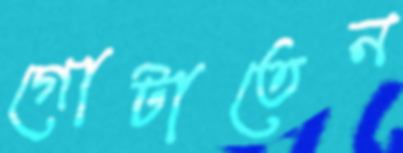
গোটাতেন